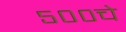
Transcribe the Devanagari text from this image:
५००चे